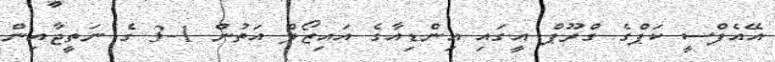
އޭއެފްސީ ކަޕްގެ ގްރޫޕް އީގައި އިންޑިއާގެ އައިޒޯލް އަތުން 1-3 ގެ ނަތީޖާއިން